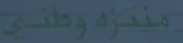
منتزهوطني